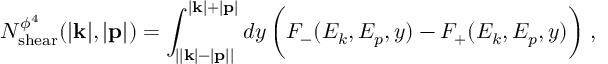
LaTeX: N _ { \mathrm { s h e a r } } ^ { \phi ^ { 4 } } ( | { \bf k } | , | { \bf p } | ) = \int _ { \left| | { \bf k } | { - } | { \bf p } | \right| } ^ { | { \bf k } | { + } | { \bf p } | } d y \, \bigg ( F _ { - } ( E _ { k } , E _ { p } , y ) - F _ { + } ( E _ { k } , E _ { p } , y ) \bigg ) \; ,